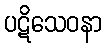
ပဋိသေဝနာ